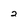
Character: 2